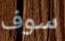
سوف